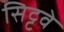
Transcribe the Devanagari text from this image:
सिट्टवे